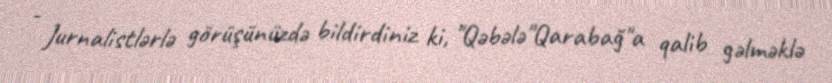
- Jurnalistlərlə görüşünüzdə bildirdiniz ki, "Qəbələ"Qarabağ"a qalib gəlməklə